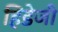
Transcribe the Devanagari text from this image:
हिडेजी